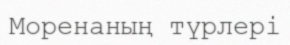
Моренаның түрлері